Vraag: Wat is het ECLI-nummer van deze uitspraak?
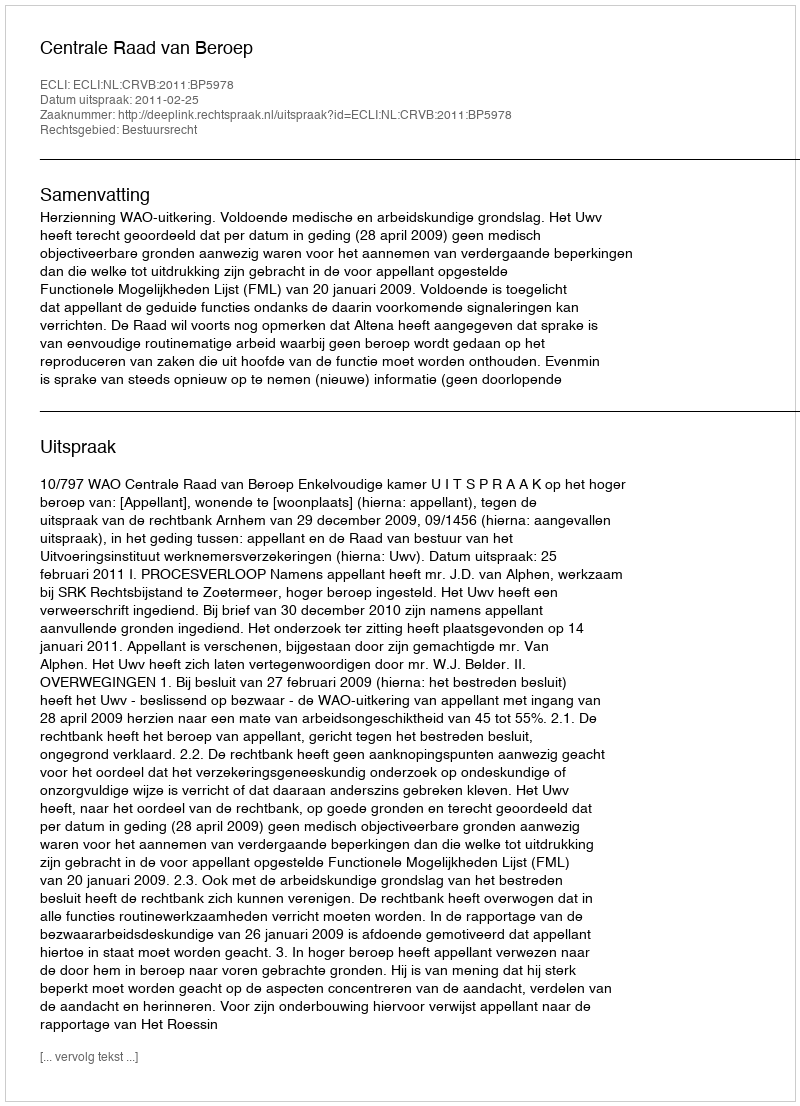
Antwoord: ECLI:NL:CRVB:2011:BP5978